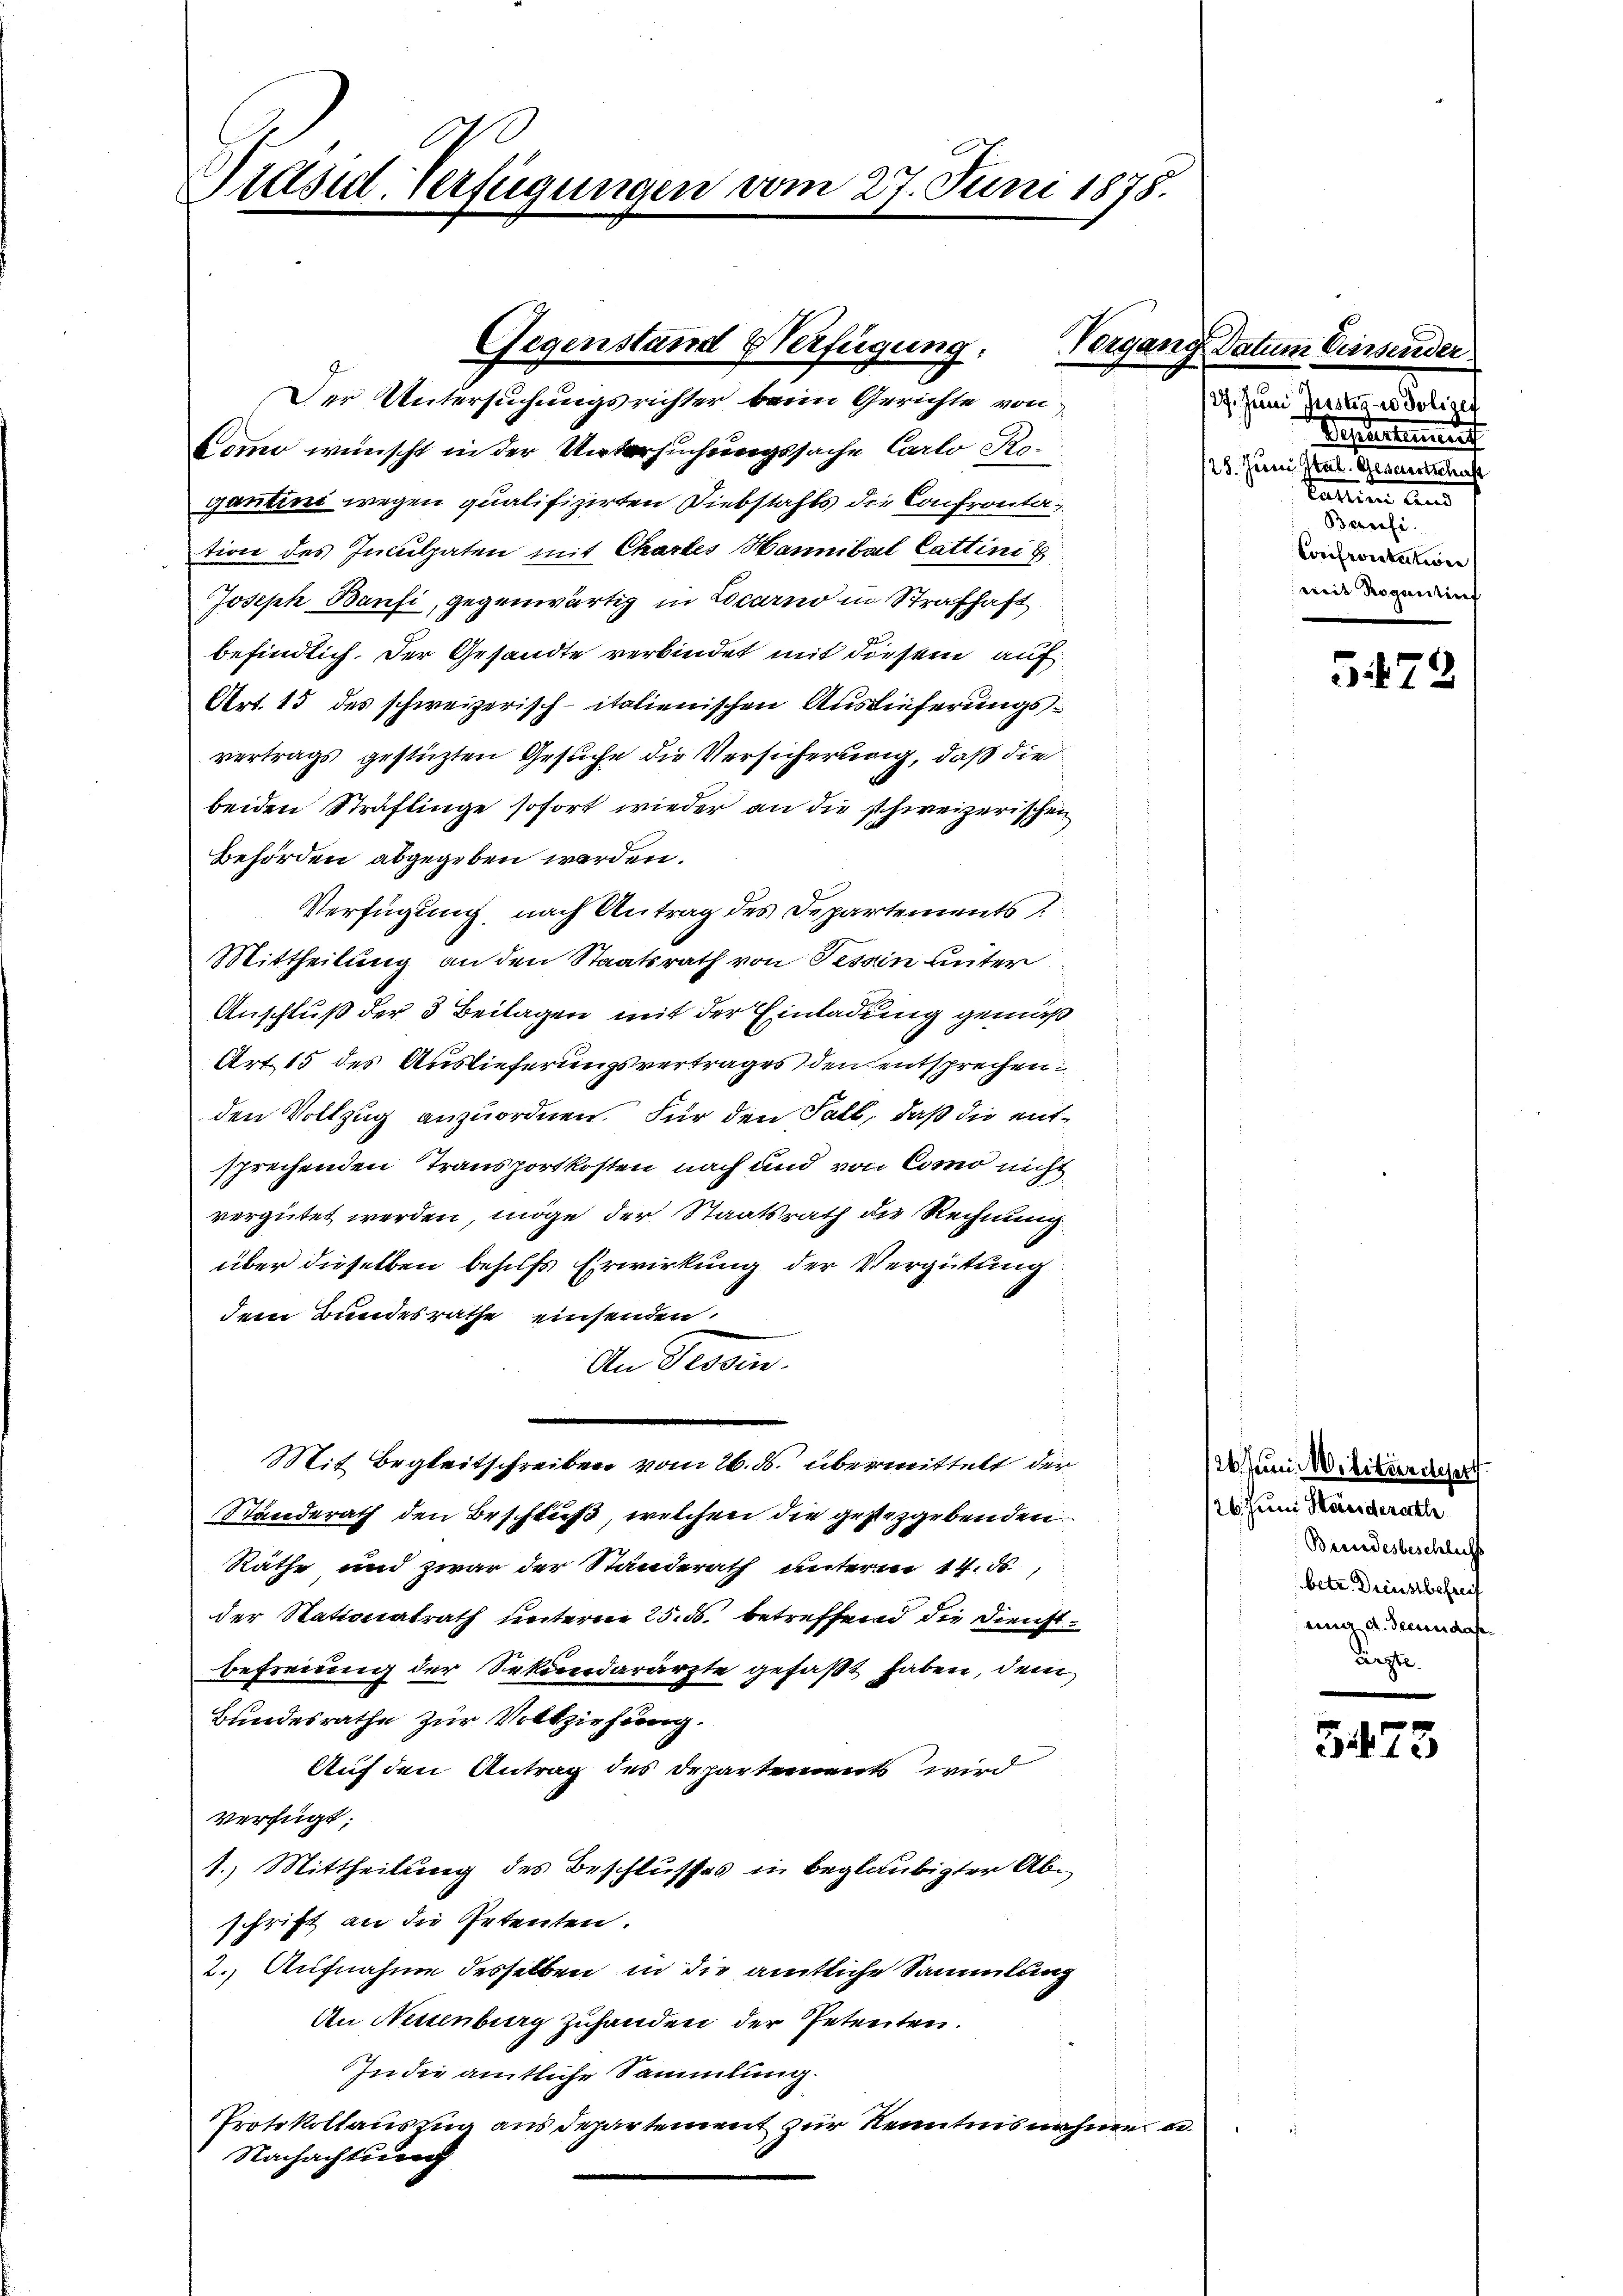
Diese Verfügungen vom 27. Juni 1878.

Der Untersuchungsrichter beim Gerichte von
Lomo wünscht in der Untersuchungssache Carlo Ro-
gantini wegen qualifizirten Diebstahls die Confrontation des Inculpaten mit Chartes Hannibal Cattini
Joseph Baufi, gegenwärtig in Locarno in Strafhaft
befindlich. Der Gesandte verbindet mit diesem auf
Art. 13 des schweizerisch-italienischen Auslieferungsvertrags gestützten Gesuche die Versicherung, daß die
beiden Straflinge sofort wieder an die schweizerischen
Behörden abgegeben werden.
Verfügung, nach Antrag des Departements
Mittheilung an den Staatsrath von Tessin unter
Anschluß der 3 Beilagen mit der Einladung gemäß
Art 15 des Auslieferungsvertrages den entsprechen.
den Vollzug anzuordnen. Für den Fall, daß die entsprechenden Transportkosten nach und von Como nicht
vergütet werden, möge der Staatsrath die Rechnung
über dieselben behilfs Erwirkung der Vergütung
dem Bundesrathe einsenden.
An Tessin.
.
Mit Begleitschreiben vom 26. ds. übermittelt der
Standerath den Beschluß, welchen die gestezgebenden
Räthe und zwar der Standerath unterm 14. ds,
der Stationalrath unterm 25. ds. betreffend die Dienstbefreiung der Sekundarärzte gefaßt haben, dem
Bundesrathe zur Vollziehung.
Auf den Antrag des Departements wird
Verfügt:
1.) Mittheilung des Beschlusses in beglaubigter Abschrift an die Petenten.
2.) Aufnahme desselben in die amtliche Sammlung
An Neuenburg zuhanden der Petenten.
In die amtliche Sammlung.
Protokollauszug aus Departement zur Kenntnisnahme e
Nachachtung

Gegenstand Verfügung:

Vorgang Datum Biessender
27. Juni Fusstes vo Solisef
Departement
25. Juni Stal. Gesandtschust
tation und
Beeresi
Confrontation
mit Rogentiref

547

26. Juni Militärdieser
26. Juni Herrsderath
Brendesbeschlichs
betr. Dienstbefreif
jeing a. denn das
lirgte.

3473